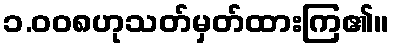
၁.၀၀၈ဟုသတ်မှတ်ထားကြ၏။